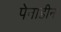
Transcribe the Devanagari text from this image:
पेनाडीन